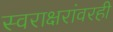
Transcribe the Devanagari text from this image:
स्वराक्षरांवरही